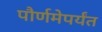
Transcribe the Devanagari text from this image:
पौर्णमेपर्यंत